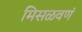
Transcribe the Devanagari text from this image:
मिसळवणं